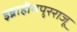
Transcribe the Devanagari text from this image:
इब्राहीमपुरराजू